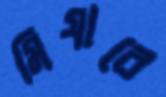
মিযাবে